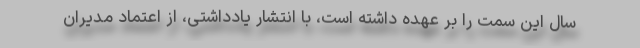
سال این سمت را بر عهده داشته است، با انتشار یادداشتی، از اعتماد مدیران